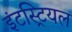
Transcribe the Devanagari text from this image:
इंटस्ट्रियल